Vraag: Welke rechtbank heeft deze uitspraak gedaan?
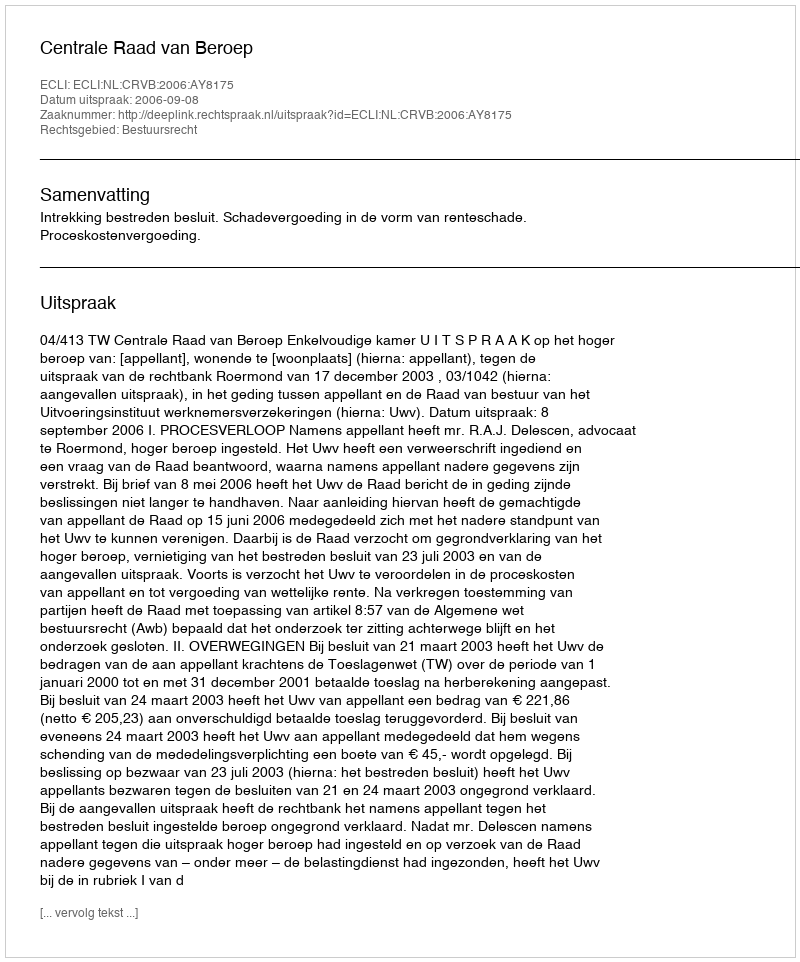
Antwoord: Centrale Raad van Beroep